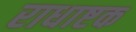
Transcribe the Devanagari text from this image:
राधाष्टक